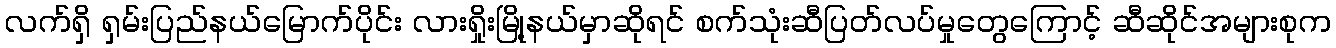
လက်ရှိ ရှမ်းပြည်နယ်မြောက်ပိုင်း လားရှိုးမြို့နယ်မှာဆိုရင် စက်သုံးဆီပြတ်လပ်မှုတွေကြောင့် ဆီဆိုင်အများစုက